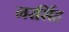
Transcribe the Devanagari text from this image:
नरर्सिह